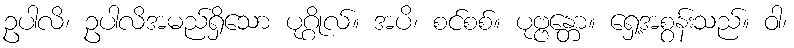
ဥပါလိ၊ ဥပါလိအမည်ရှိသော ပုဂ္ဂိုလ်။ အပိ၊ စင်စစ်။ ပုဗ္ဗန္တော။ ရှေ့အစွန်းသည်။ ဝါ၊